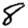
Digit: 8